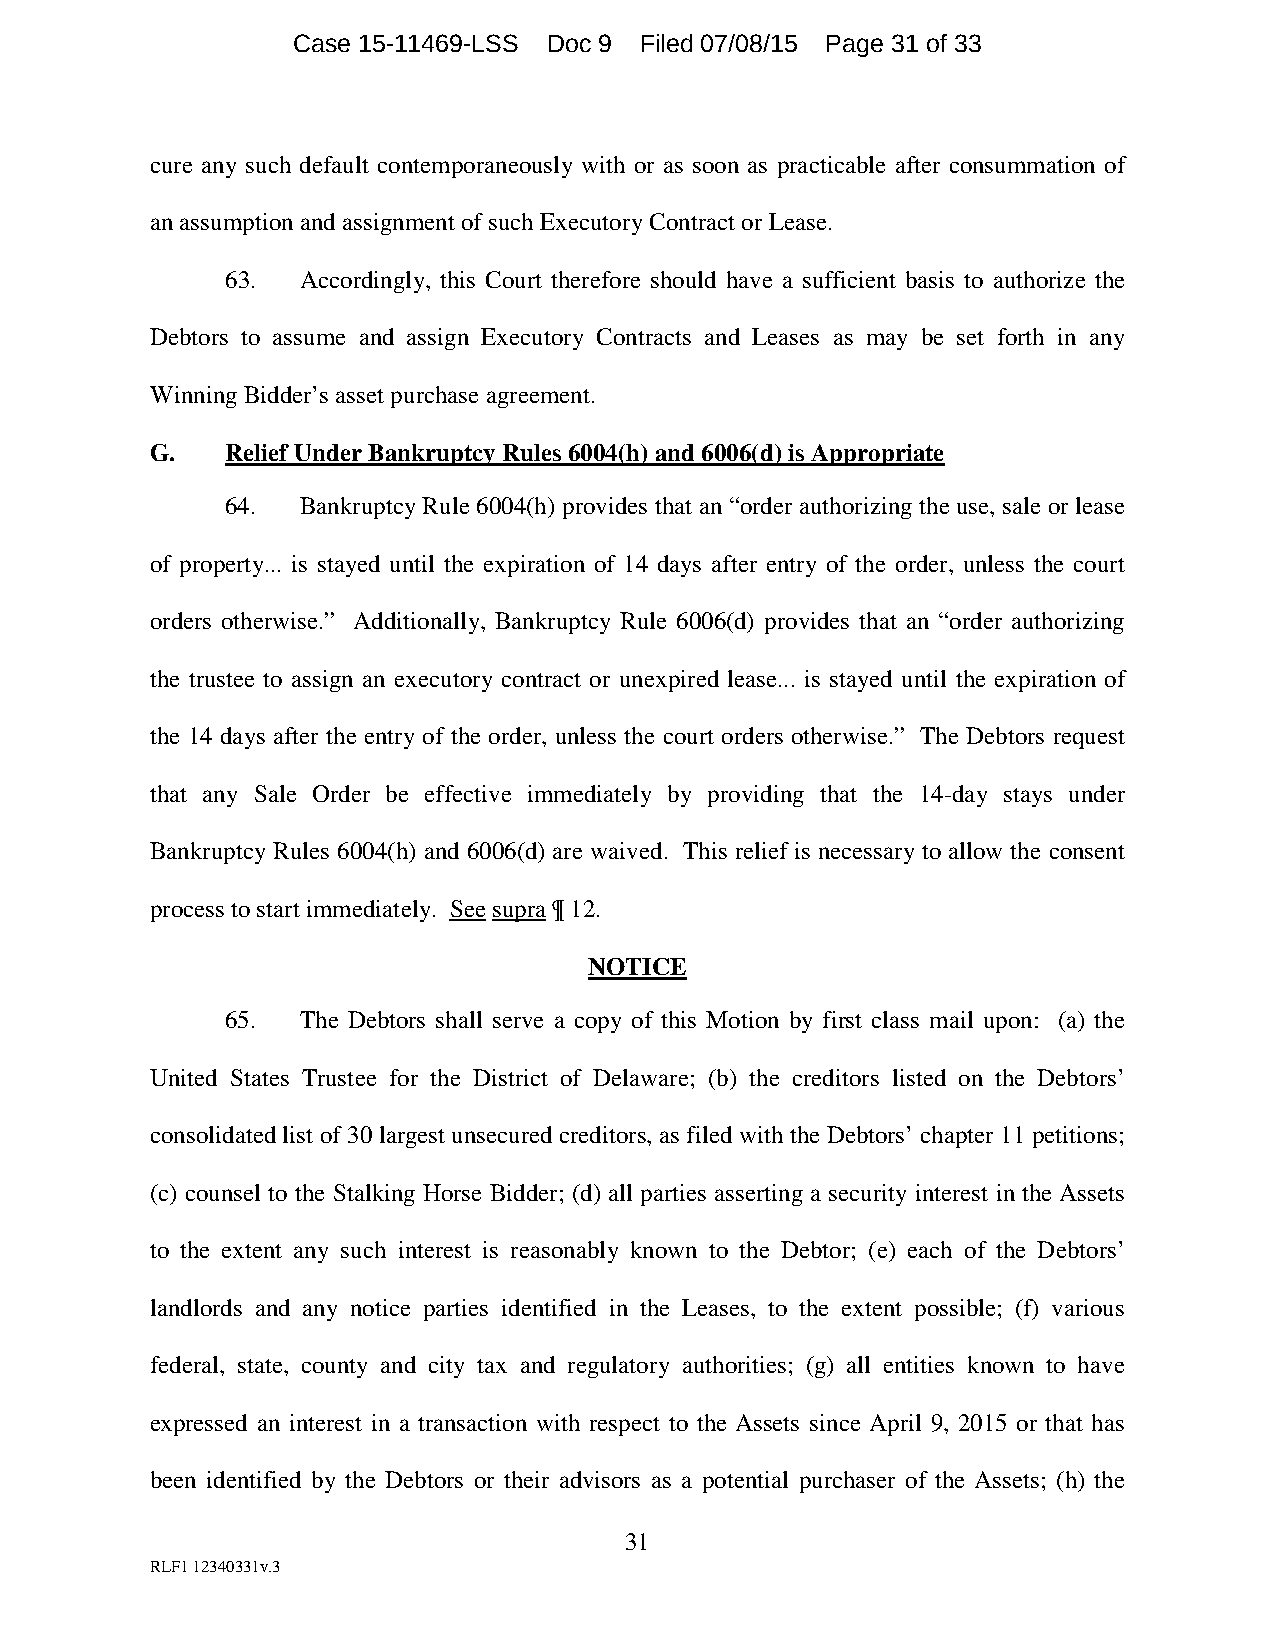
Case 15-11469-LSS Doc 9 Filed 07/08/15 Page 31 of 33
 cure any such default contemporaneously with or as soon as practicable after consummation of
 an assumption and assignment of such Executory Contract or Lease.
 63.  Accordingly, this Court therefore should have a sufficient basis to authorize the
 Debtors to assume and assign Executory Contracts and Leases as may be set forth in any
 Winning Bidder’s asset purchase agreement.
 G.   Relief Under Bankruptcy Rules 6004(h) and 6006(d) is Appropriate
 64.  Bankruptcy Rule 6004(h) provides that an “order authorizing the use, sale or lease
 of property... is stayed until the expiration of 14 days after entry of the order, unless the court
 orders otherwise.” Additionally, Bankruptcy Rule 6006(d) provides that an “order authorizing
 the trustee to assign an executory contract or unexpired lease... is stayed until the expiration of
 the 14 days after the entry of the order, unless the court orders otherwise.” The Debtors request
 that any Sale Order be effective immediately by providing that the 14-day stays under
 Bankruptcy Rules 6004(h) and 6006(d) are waived. This relief is necessary to allow the consent
 process to start immediately. See supra ¶ 12.
 NOTICE
 65.  The Debtors shall serve a copy of this Motion by first class mail upon: (a) the
 United States Trustee for the District of Delaware; (b) the creditors listed on the Debtors’
 consolidated list of 30 largest unsecured creditors, as filed with the Debtors’ chapter 11 petitions;
 (c) counsel to the Stalking Horse Bidder; (d) all parties asserting a security interest in the Assets
 to the extent any such interest is reasonably known to the Debtor; (e) each of the Debtors’
 landlords and any notice parties identified in the Leases, to the extent possible; (f) various
 federal, state, county and city tax and regulatory authorities; (g) all entities known to have
 expressed an interest in a transaction with respect to the Assets since April 9, 2015 or that has
 been identified by the Debtors or their advisors as a potential purchaser of the Assets; (h) the
 31
 RLF1 12340331v.3